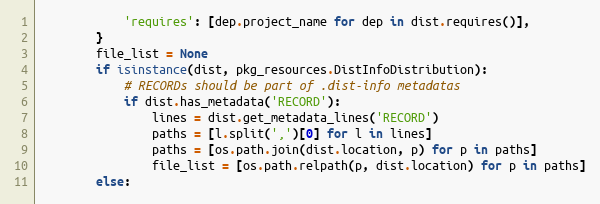
Language: Python
            'requires': [dep.project_name for dep in dist.requires()],
        }
        file_list = None
        if isinstance(dist, pkg_resources.DistInfoDistribution):
            # RECORDs should be part of .dist-info metadatas
            if dist.has_metadata('RECORD'):
                lines = dist.get_metadata_lines('RECORD')
                paths = [l.split(',')[0] for l in lines]
                paths = [os.path.join(dist.location, p) for p in paths]
                file_list = [os.path.relpath(p, dist.location) for p in paths]
        else: